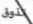
تذوق